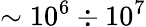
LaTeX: \sim 10^{6}\div 10^{7}